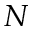
N